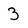
Character: 3